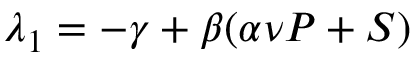
\lambda _ { 1 } = - \gamma + \beta ( \alpha \nu P + S )